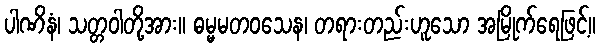
ပါဏိနံ၊ သတ္တဝါတို့အား။ ဓမ္မမတဝသေန၊ တရားတည်းဟူသော အမြိုက်ရေဖြင့်။